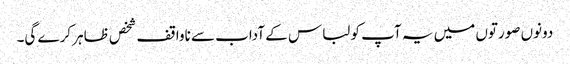
دونوں صورتوں میں یہ آپ کو لباس کے آداب سے ناواقف شخص ظاہر کرے گی۔